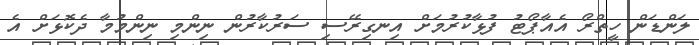
ލަންޑަން ހީތްރޯ އެއާޕޯޓު ފުޅާކުރުމަށް އިނގިރޭސި ސަރުކާރުން ނިންމި ނިންމުމާ ދެކޮޅަށް އެ